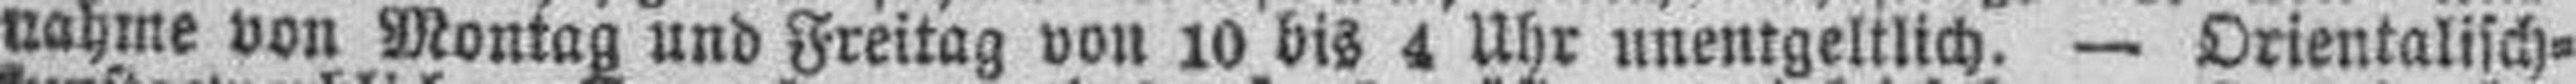
nahme von Montag und Freitag von 10 bis 4 Uhr unentgeltlich. — Orientalisch¬